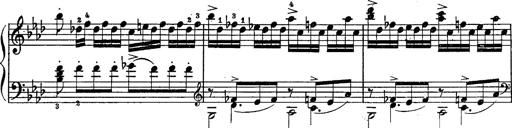
Title: Schubert's Impromptus [revised and edited by Franz Liszt]
Composer: Franz Liszt